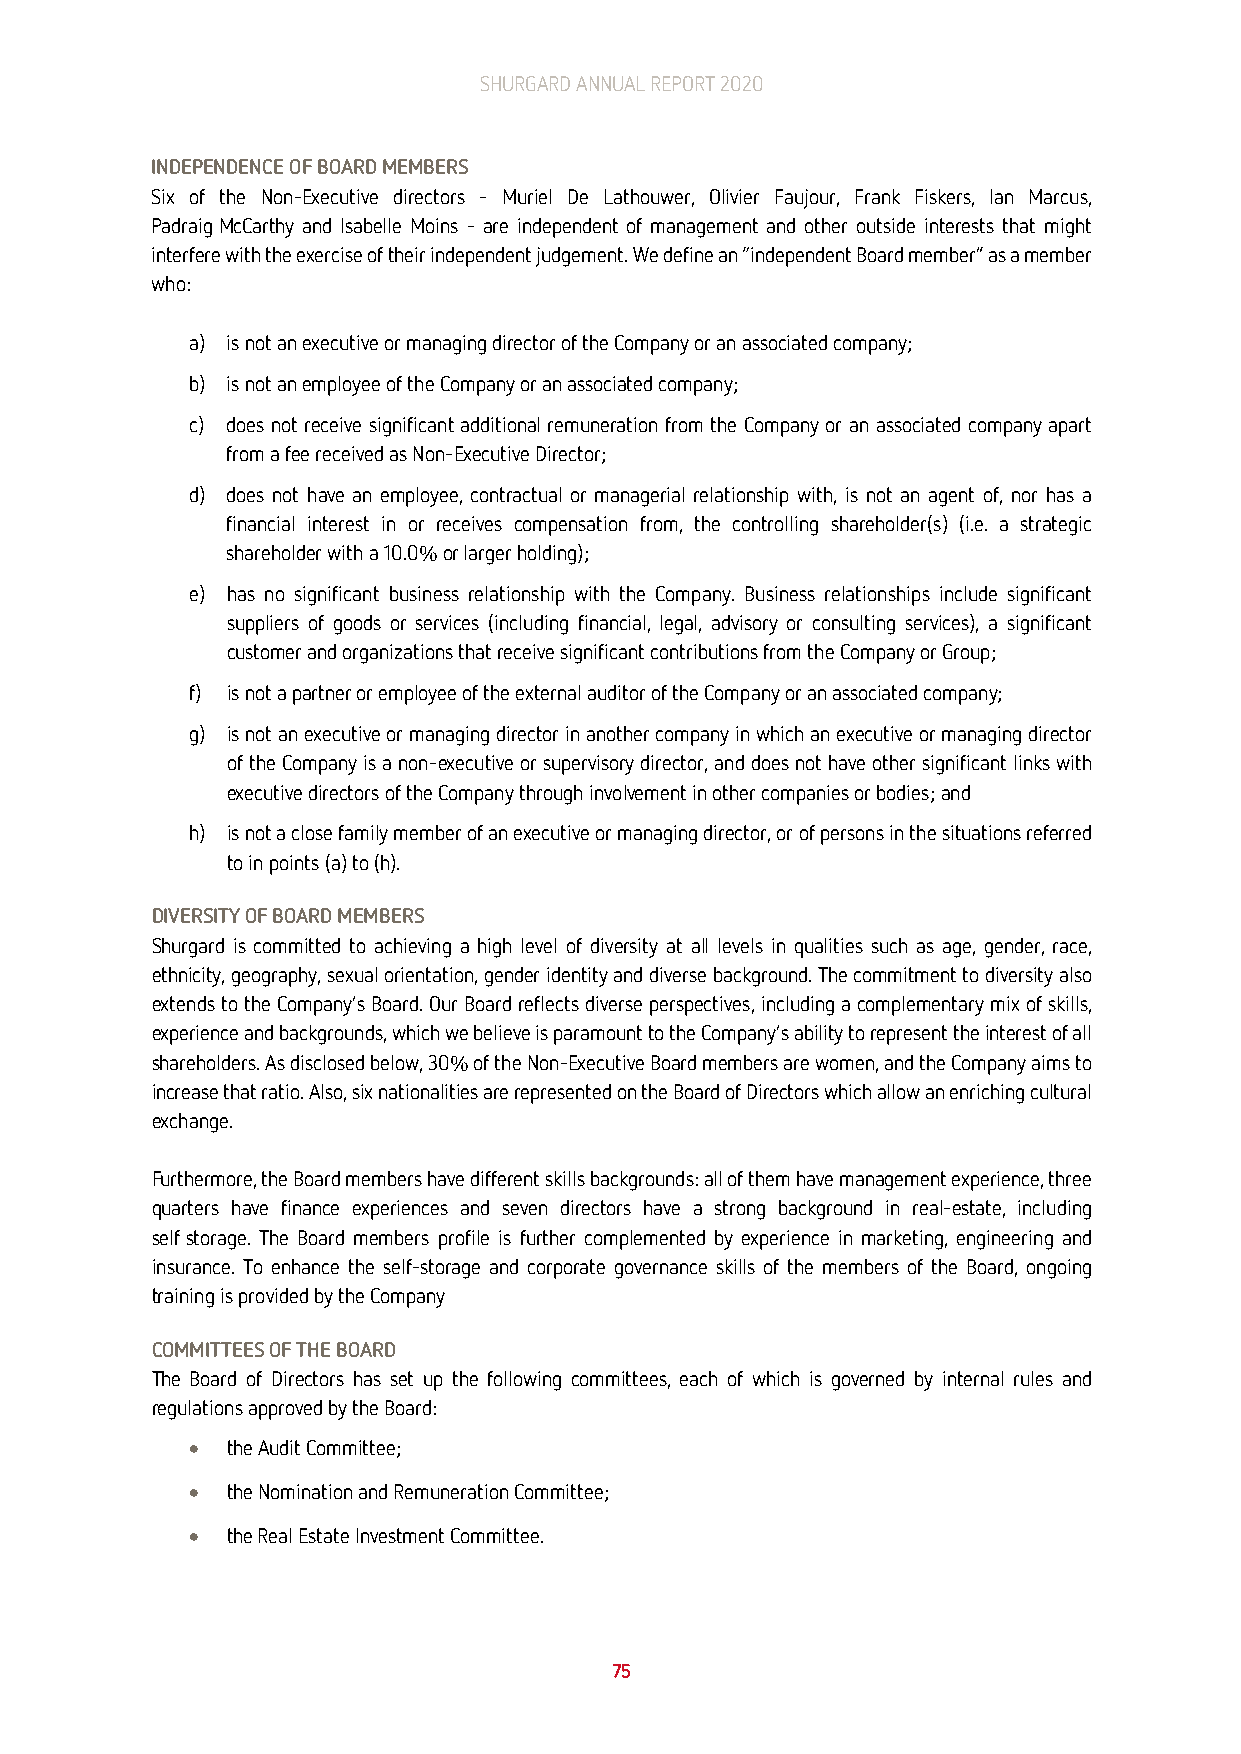
SHURGARD ANNUAL REPORT 2020
 INDEPENDENCE OF BOARD MEMBERS
 Six of the Non-Executive directors – Muriel De Lathouwer, Olivier Faujour, Frank Fiskers, Ian Marcus,
 Padraig McCarthy and Isabelle Moins – are independent of management and other outside interests that might
 interfere with the exercise of their independent judgement. We define an “independent Board member” as a member
 who:
 a) is not an executive or managing director of the Company or an associated company;
 b) is not an employee of the Company or an associated company;
 c) does not receive significant additional remuneration from the Company or an associated company apart
 from a fee received as Non-Executive Director;
 d) does not have an employee, contractual or managerial relationship with, is not an agent of, nor has a
 financial interest in or receives compensation from, the controlling shareholder(s) (i.e. a strategic
 shareholder with a 10.0% or larger holding);
 e) has no significant business relationship with the Company. Business relationships include significant
 suppliers of goods or services (including financial, legal, advisory or consulting services), a significant
 customer and organizations that receive significant contributions from the Company or Group;
 f) is not a partner or employee of the external auditor of the Company or an associated company;
 g) is not an executive or managing director in another company in which an executive or managing director
 of the Company is a non-executive or supervisory director, and does not have other significant links with
 executive directors of the Company through involvement in other companies or bodies; and
 h) is not a close family member of an executive or managing director, or of persons in the situations referred
 to in points (a) to (h).
 DIVERSITY OF BOARD MEMBERS
 Shurgard is committed to achieving a high level of diversity at all levels in qualities such as age, gender, race,
 ethnicity, geography, sexual orientation, gender identity and diverse background. The commitment to diversity also
 extends to the Company’s Board. Our Board reflects diverse perspectives, including a complementary mix of skills,
 experience and backgrounds, which we believe is paramount to the Company’s ability to represent the interest of all
 shareholders. As disclosed below, 30% of the Non-Executive Board members are women, and the Company aims to
 increase that ratio. Also, six nationalities are represented on the Board of Directors which allow an enriching cultural
 exchange.
 Furthermore, the Board members have different skills backgrounds: all of them have management experience, three
 quarters have finance experiences and seven directors have a strong background in real-estate, including
 self storage. The Board members profile is further complemented by experience in marketing, engineering and
 insurance. To enhance the self-storage and corporate governance skills of the members of the Board, ongoing
 training is provided by the Company
 COMMITTEES OF THE BOARD
 The Board of Directors has set up the following committees, each of which is governed by internal rules and
 regulations approved by the Board:
 • the Audit Committee;
 • the Nomination and Remuneration Committee;
 • the Real Estate Investment Committee.
 75